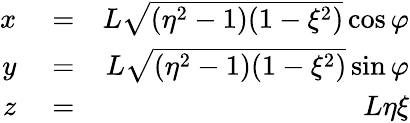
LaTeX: \begin{array}{rlr}{x}&{{}=}&{L\sqrt{(\eta^{2}-1)(1-\xi^{2})}\cos\varphi}\\ {y}&{{}=}&{L\sqrt{(\eta^{2}-1)(1-\xi^{2})}\sin\varphi}\\ {z}&{{}=}&{L\eta\xi}\end{array}